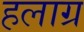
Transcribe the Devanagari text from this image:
हलाग्र